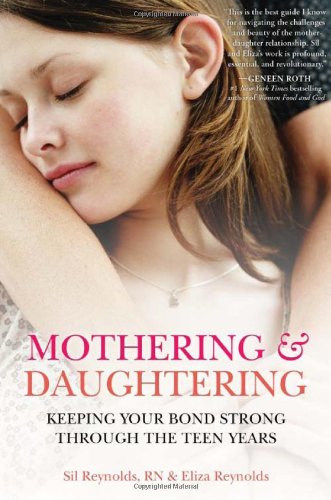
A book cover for Mothering and Daughtering: Keeping Your Bond Strong Through the Teen Years; Eliza Reynolds; Parenting & Relationships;